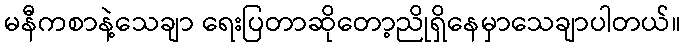
မနီကစာနဲ့သေချာ ရေးပြတာဆိုတော့ညိုရှိနေမှာသေချာပါတယ်။